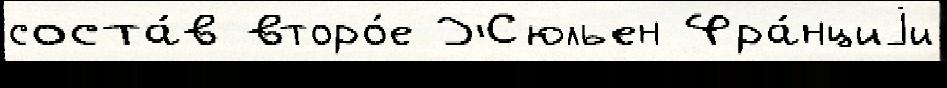
соста́в второ́е Жюльен Фра́нциjи